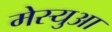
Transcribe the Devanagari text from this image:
मेस्युआ